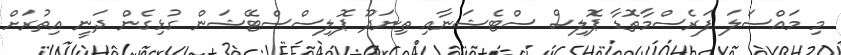
މި މައްސަލަ ފަރެސްމާތޮޑާ ޕޮލިސް ސްޓެޝަނާއި ތިނަދޫ ޕޮލިސްސްޓޭޝަން ގުޅިގެން ދަނީ އިތުރަށް